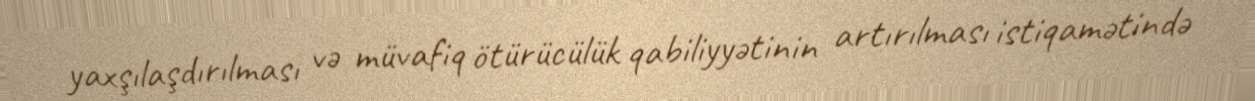
yaxşılaşdırılması və müvafiq ötürücülük qabiliyyətinin artırılması istiqamətində